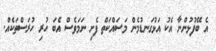
އެ ބޭފުޅުންނާ އެކު އަޅުގަނޑުމެން މަސައްކަތް ފެށި ނަމަވެސް އެބަ ހުރި ހުރަސްތަކެއް.